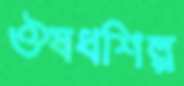
ঔষধশিল্প